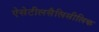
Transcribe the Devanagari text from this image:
ऐसेटीलसैलिसीलिक